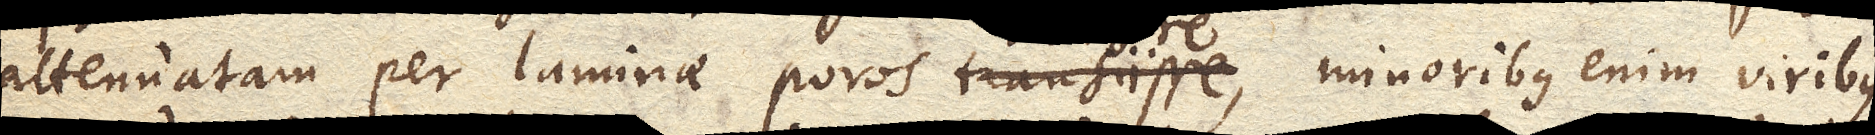
attenuatam per laminae poros transire, minoribus enim viribus